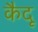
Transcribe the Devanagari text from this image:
कैदू